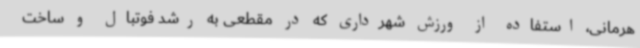
هرمانی، استفاده از ورزش شهرداری که در مقطعی به رشد فوتبال و ساخت